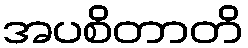
အပစိတာတိ